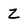
Character: Z